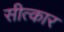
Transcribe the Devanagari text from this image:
सीत्कार